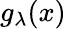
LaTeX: g_{\lambda}(x)